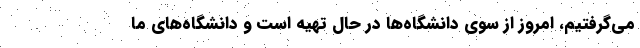
می‌گرفتیم، امروز از سوی دانشگاه‌ها در حال تهیه است و دانشگاه‌های ما